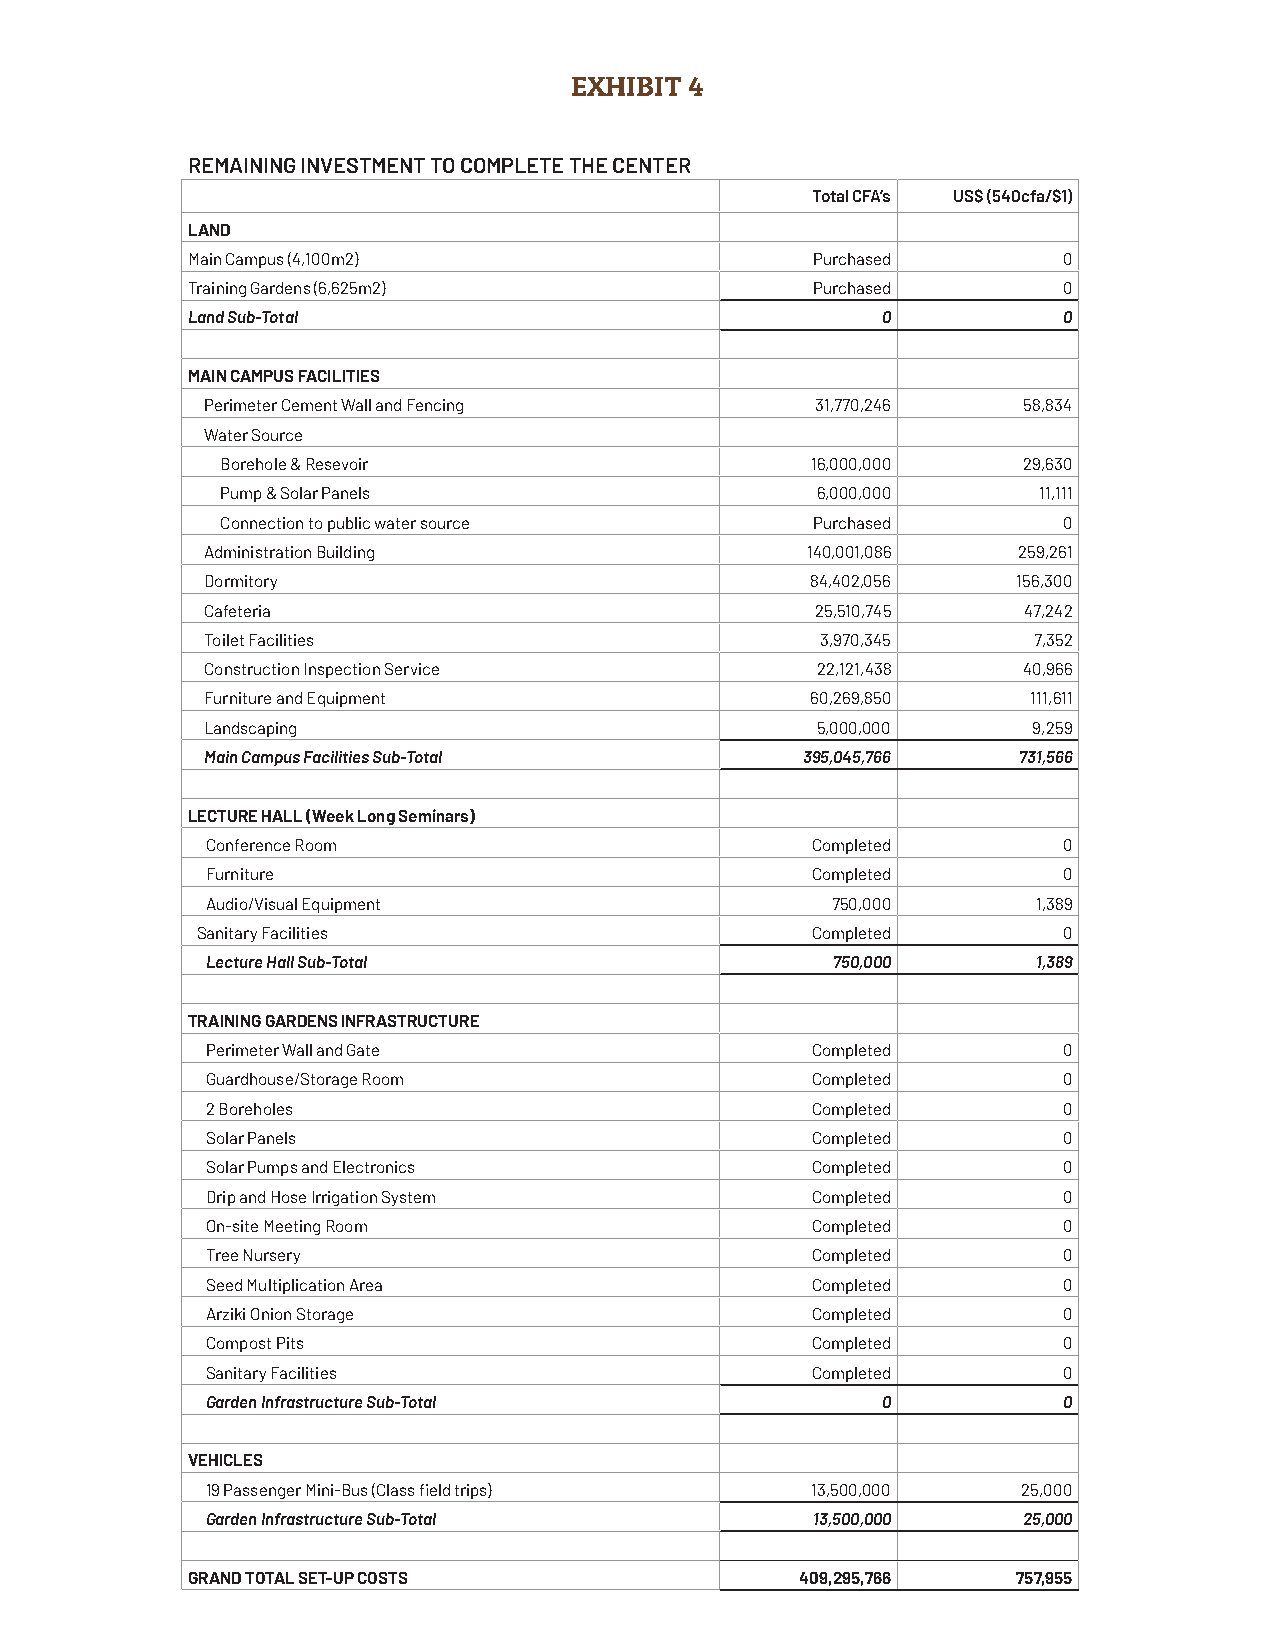
EXHIBIT 4
 REMAINING INVESTMENT TO COMPLETE THE CENTER
 Total CFA’s US$ (540cfa/$1)
 LAND
 Main Campus (4,100m2)                     Purchased       0
 Training Gardens (6,625m2)                Purchased       0
 Land Sub-Total                                0           0
 MAIN CAMPUS FACILITIES
 Perimeter Cement Wall and Fencing       31,770,246    58,834
 Water Source
 Borehole & Resevoir                    16,000,000    29,630
 Pump & Solar Panels                    6,000,000      11,111
 Connection to public water source      Purchased       0
 Administration Building                140,001,086   259,261
 Dormitory                               84,402,056   156,300
 Cafeteria                               25,510,745    47,242
 Toilet Facilities                       3,970,345     7,352
 Construction Inspection Service         22,121,438    40,966
 Furniture and Equipment                 60,269,850    111,611
 Landscaping                             5,000,000     9,259
 Main Campus Facilities Sub-Total       395,045,766    731,566
 LECTURE HALL (Week Long Seminars)
 Conference Room                         Completed       0
 Furniture                               Completed       0
 Audio/Visual Equipment                   750,000       1,389
 Sanitary Facilities                      Completed       0
 Lecture Hall Sub-Total                   750,000       1,389
 TRAINING GARDENS INFRASTRUCTURE
 Perimeter Wall and Gate                 Completed       0
 Guardhouse/Storage Room                 Completed       0
 2 Boreholes                             Completed       0
 Solar Panels                            Completed       0
 Solar Pumps and Electronics             Completed       0
 Drip and Hose Irrigation System         Completed       0
 On-site Meeting Room                    Completed       0
 Tree Nursery                            Completed       0
 Seed Multiplication Area                Completed       0
 Arziki Onion Storage                    Completed       0
 Compost Pits                            Completed       0
 Sanitary Facilities                     Completed       0
 Garden Infrastructure Sub-Total             0           0
 VEHICLES
 19 Passenger Mini-Bus (Class fi eld trips) 13,500,000 25,000
 Garden Infrastructure Sub-Total         13,500,000    25,000
 GRAND TOTAL SET-UP COSTS                 409,295,766   757,955